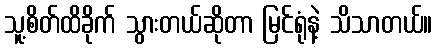
သူ့စိတ်ထိခိုက် သွားတယ်ဆိုတာ မြင်ရုံနဲ့ သိသာတယ်။